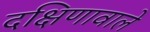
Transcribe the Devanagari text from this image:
दक्षिणावाले